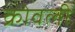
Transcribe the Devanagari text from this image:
क्रोवली